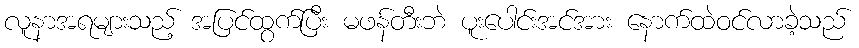
လူနာအရများသည့် အပြင်ထွက်ပြီး မဖန်တီးဘဲ ပူးပေါင်းအင်အား နောက်ထဲဝင်လာခဲ့သည်